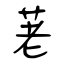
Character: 荖